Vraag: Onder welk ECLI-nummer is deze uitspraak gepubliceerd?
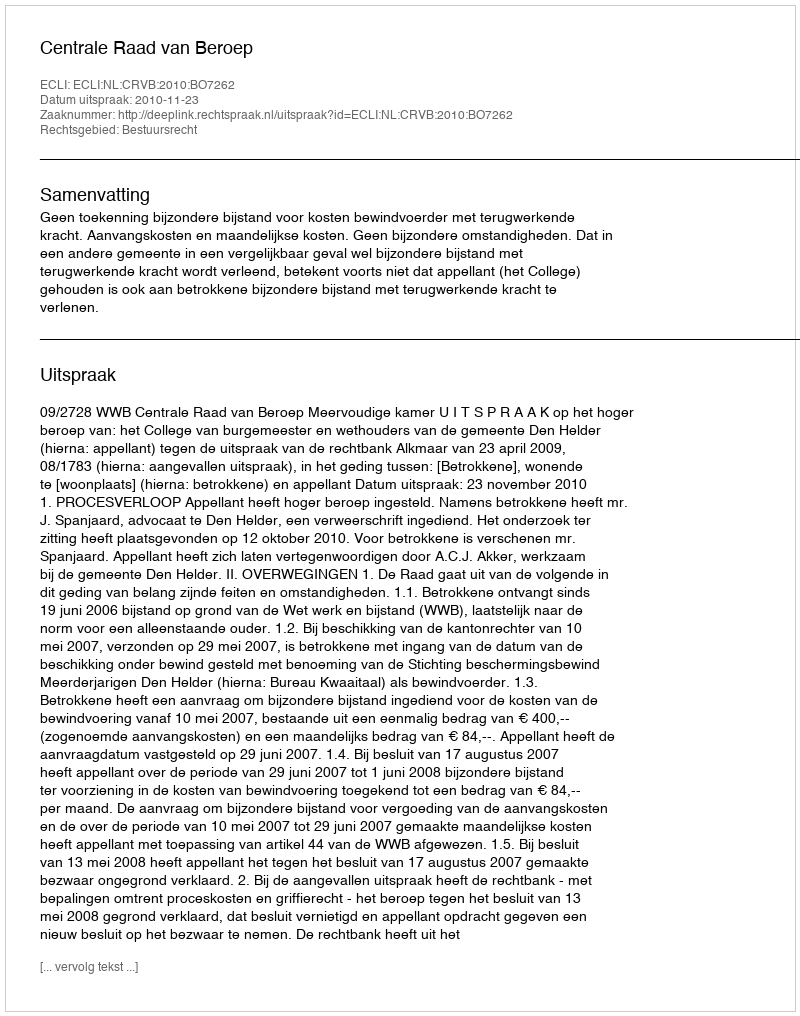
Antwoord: ECLI:NL:CRVB:2010:BO7262